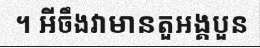
។ អីចឹងវាមានតួអង្គបួន